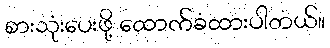
စားသုံးပေးဖို့ ထောက်ခံထားပါတယ်။